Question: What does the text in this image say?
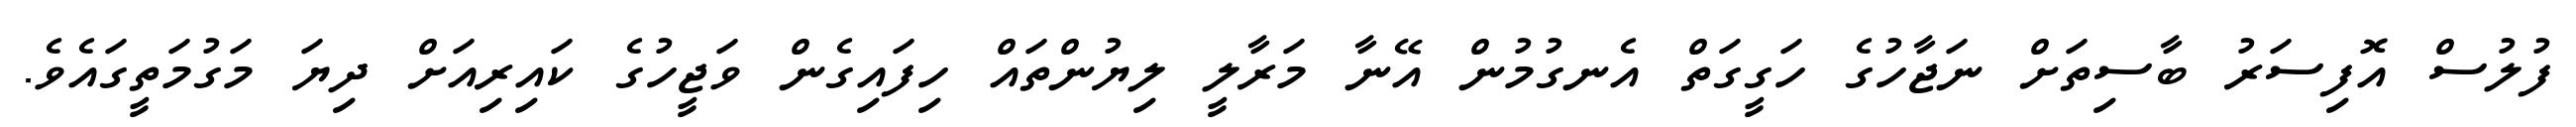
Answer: ފުލުސް އޮފިސަރު ބާސިތަށް ނަޖާހުގެ ހަގީގަތް އެނގުމުން އޭނާ މަރާލީ ލިޔުންތައް ހިފައިގެން ވަޖީހުގެ ކައިރިއަށް ދިޔަ މަގުމަތީގައެވެ.